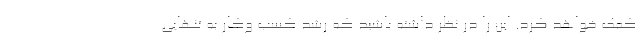
کمک خواهد کرد. این را در نظر داشته باشید که رشد کسب وکار به تنهایی